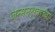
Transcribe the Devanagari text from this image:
जन्मनक्षत्राच्या